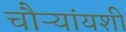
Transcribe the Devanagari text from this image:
चौऱ्यांयशीं